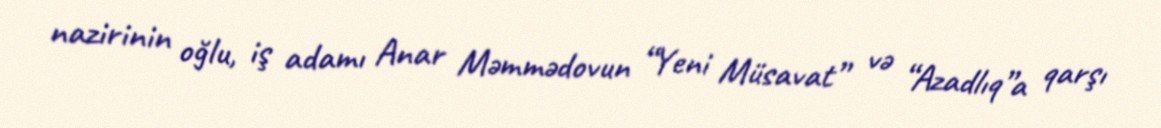
nazirinin oğlu, iş adamı Anar Məmmədovun “Yeni Müsavat” və “Azadlıq”a qarşı